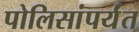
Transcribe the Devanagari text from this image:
पोलिसांपर्यंत